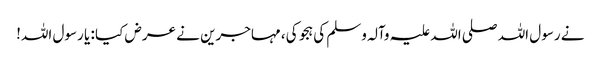
نے رسول اللہ صلی اللہ علیہ وآلہ وسلم کی ہجو کی، مہاجرین نے عرض کیا : یا رسول اللہ!